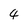
Character: 4